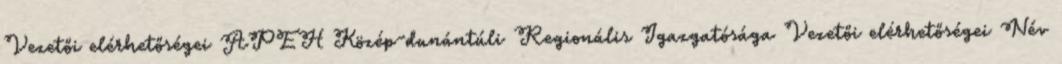
Vezetői elérhetőségei APEH Közép-dunántúli Regionális Igazgatósága Vezetői elérhetőségei Név